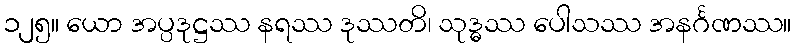
၁၂၅။ ယော အပ္ပဒုဋ္ဌဿ နရဿ ဒုဿတိ၊ သုဒ္ဓဿ ပေါသဿ အနင်္ဂဏဿ။